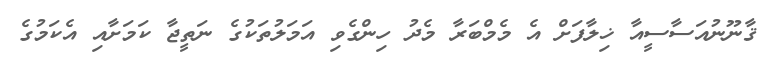
ޤާނޫނުއަސާސީއާ ޚިލާފަށް އެ މެމްބަރާ މެދު ހިންގެވި އަމަލުތަކުގެ ނަތީޖާ ކަމަށާއި އެކަމުގެ